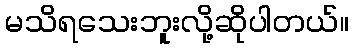
မသိရသေးဘူးလို့ဆိုပါတယ်။